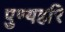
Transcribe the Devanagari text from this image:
पुण्यहरि